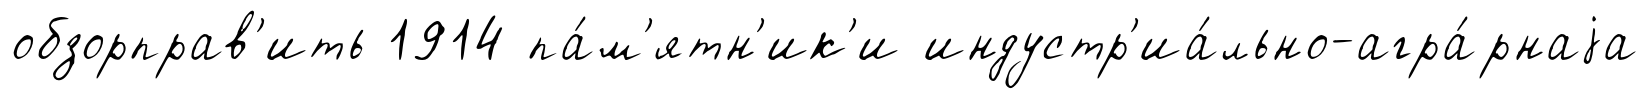
обзорправ'ить 1914 па́м'ятн'ик'и индустр'иа́льно-агра́рнаjа